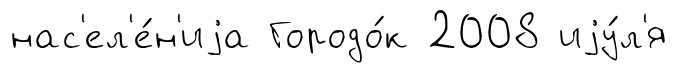
нас'ел'е́н'иjа Городо́к 2008 иjу́л'я